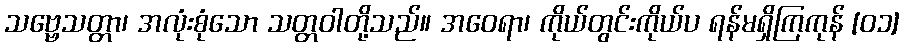
သဗ္ဗေသတ္တာ၊ အလုံးစုံသော သတ္တဝါတို့သည်။ အဝေရာ၊ ကိုယ်တွင်းကိုယ်ပ ရန်မရှိကြကုန် [၀၁]